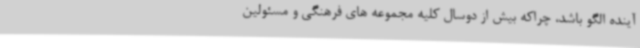
آینده الگو باشد، چراکه بیش از دوسال کلیه مجموعه های فرهنگی و مسئولین